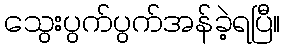
သွေးပွက်ပွက်အန်ခဲ့ရပြီ။